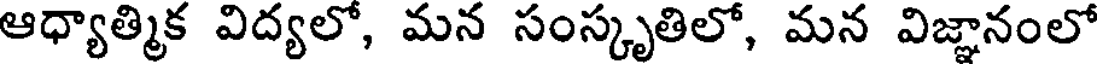
ఆధ్యాత్మిక విద్యలో, మన సంస్కృతిలో, మన విజ్ఞానంలో